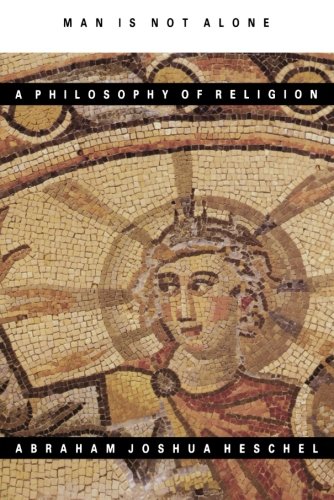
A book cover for Man Is Not Alone : A Philosophy of Religion; Abraham Joshua Heschel; Religion & Spirituality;